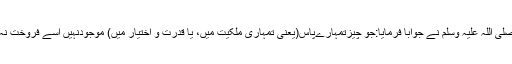
تو آپ صلی اللہ علیہ وسلم نے جواباً فرمایا:جو چیزتمہارےپاس(یعنی تمہاری ملکیت میں، یا قدرت و اختیار میں) موجودنہیں اُسے فروخت نہ کرو‘‘۔